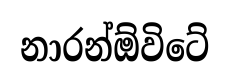
නාරන්ඕවිටේ